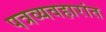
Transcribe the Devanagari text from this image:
पत्रव्यवहारांत